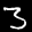
Label: 3